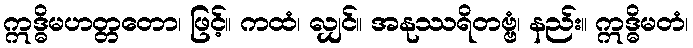
ဣဒ္ဓိမဟတ္တတော၊ ဖြင့်။ ကထံ၊ လျှင်။ အနုဿရိတဗ္ဗံ၊ နည်း။ ဣဒ္ဓိမတံ၊